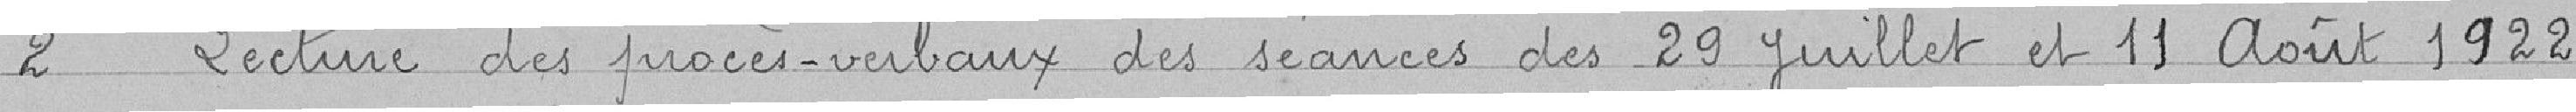
2. Lecture des procès-verbaux des séances des 29 juillet et 11 août 1928